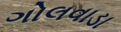
ગોલવાડા